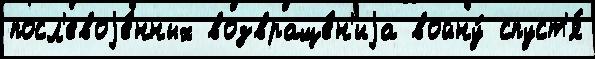
посл'евоjе́нных возвраще́н'иjа войну́ спуст'я́